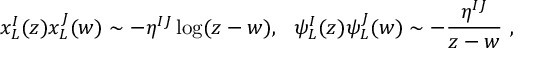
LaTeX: x _ { L } ^ { I } ( z ) x _ { L } ^ { J } ( w ) \sim - \eta ^ { I J } \log ( z - w ) , ~ ~ \psi _ { L } ^ { I } ( z ) \psi _ { L } ^ { J } ( w ) \sim - { \frac { \eta ^ { I J } } { z - w } } \ ,